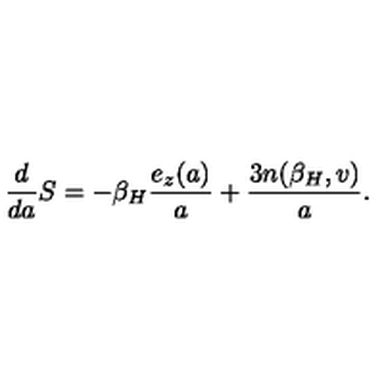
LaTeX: { \frac { d } { d a } } S = - { \beta _ { H } } { \frac { e _ { z } ( a ) } { a } } + { \frac { 3 n ( { \beta _ { H } } , v ) } { a } } .